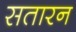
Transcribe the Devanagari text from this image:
सतारन